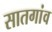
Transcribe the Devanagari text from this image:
सातगांव